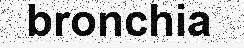
bronchia